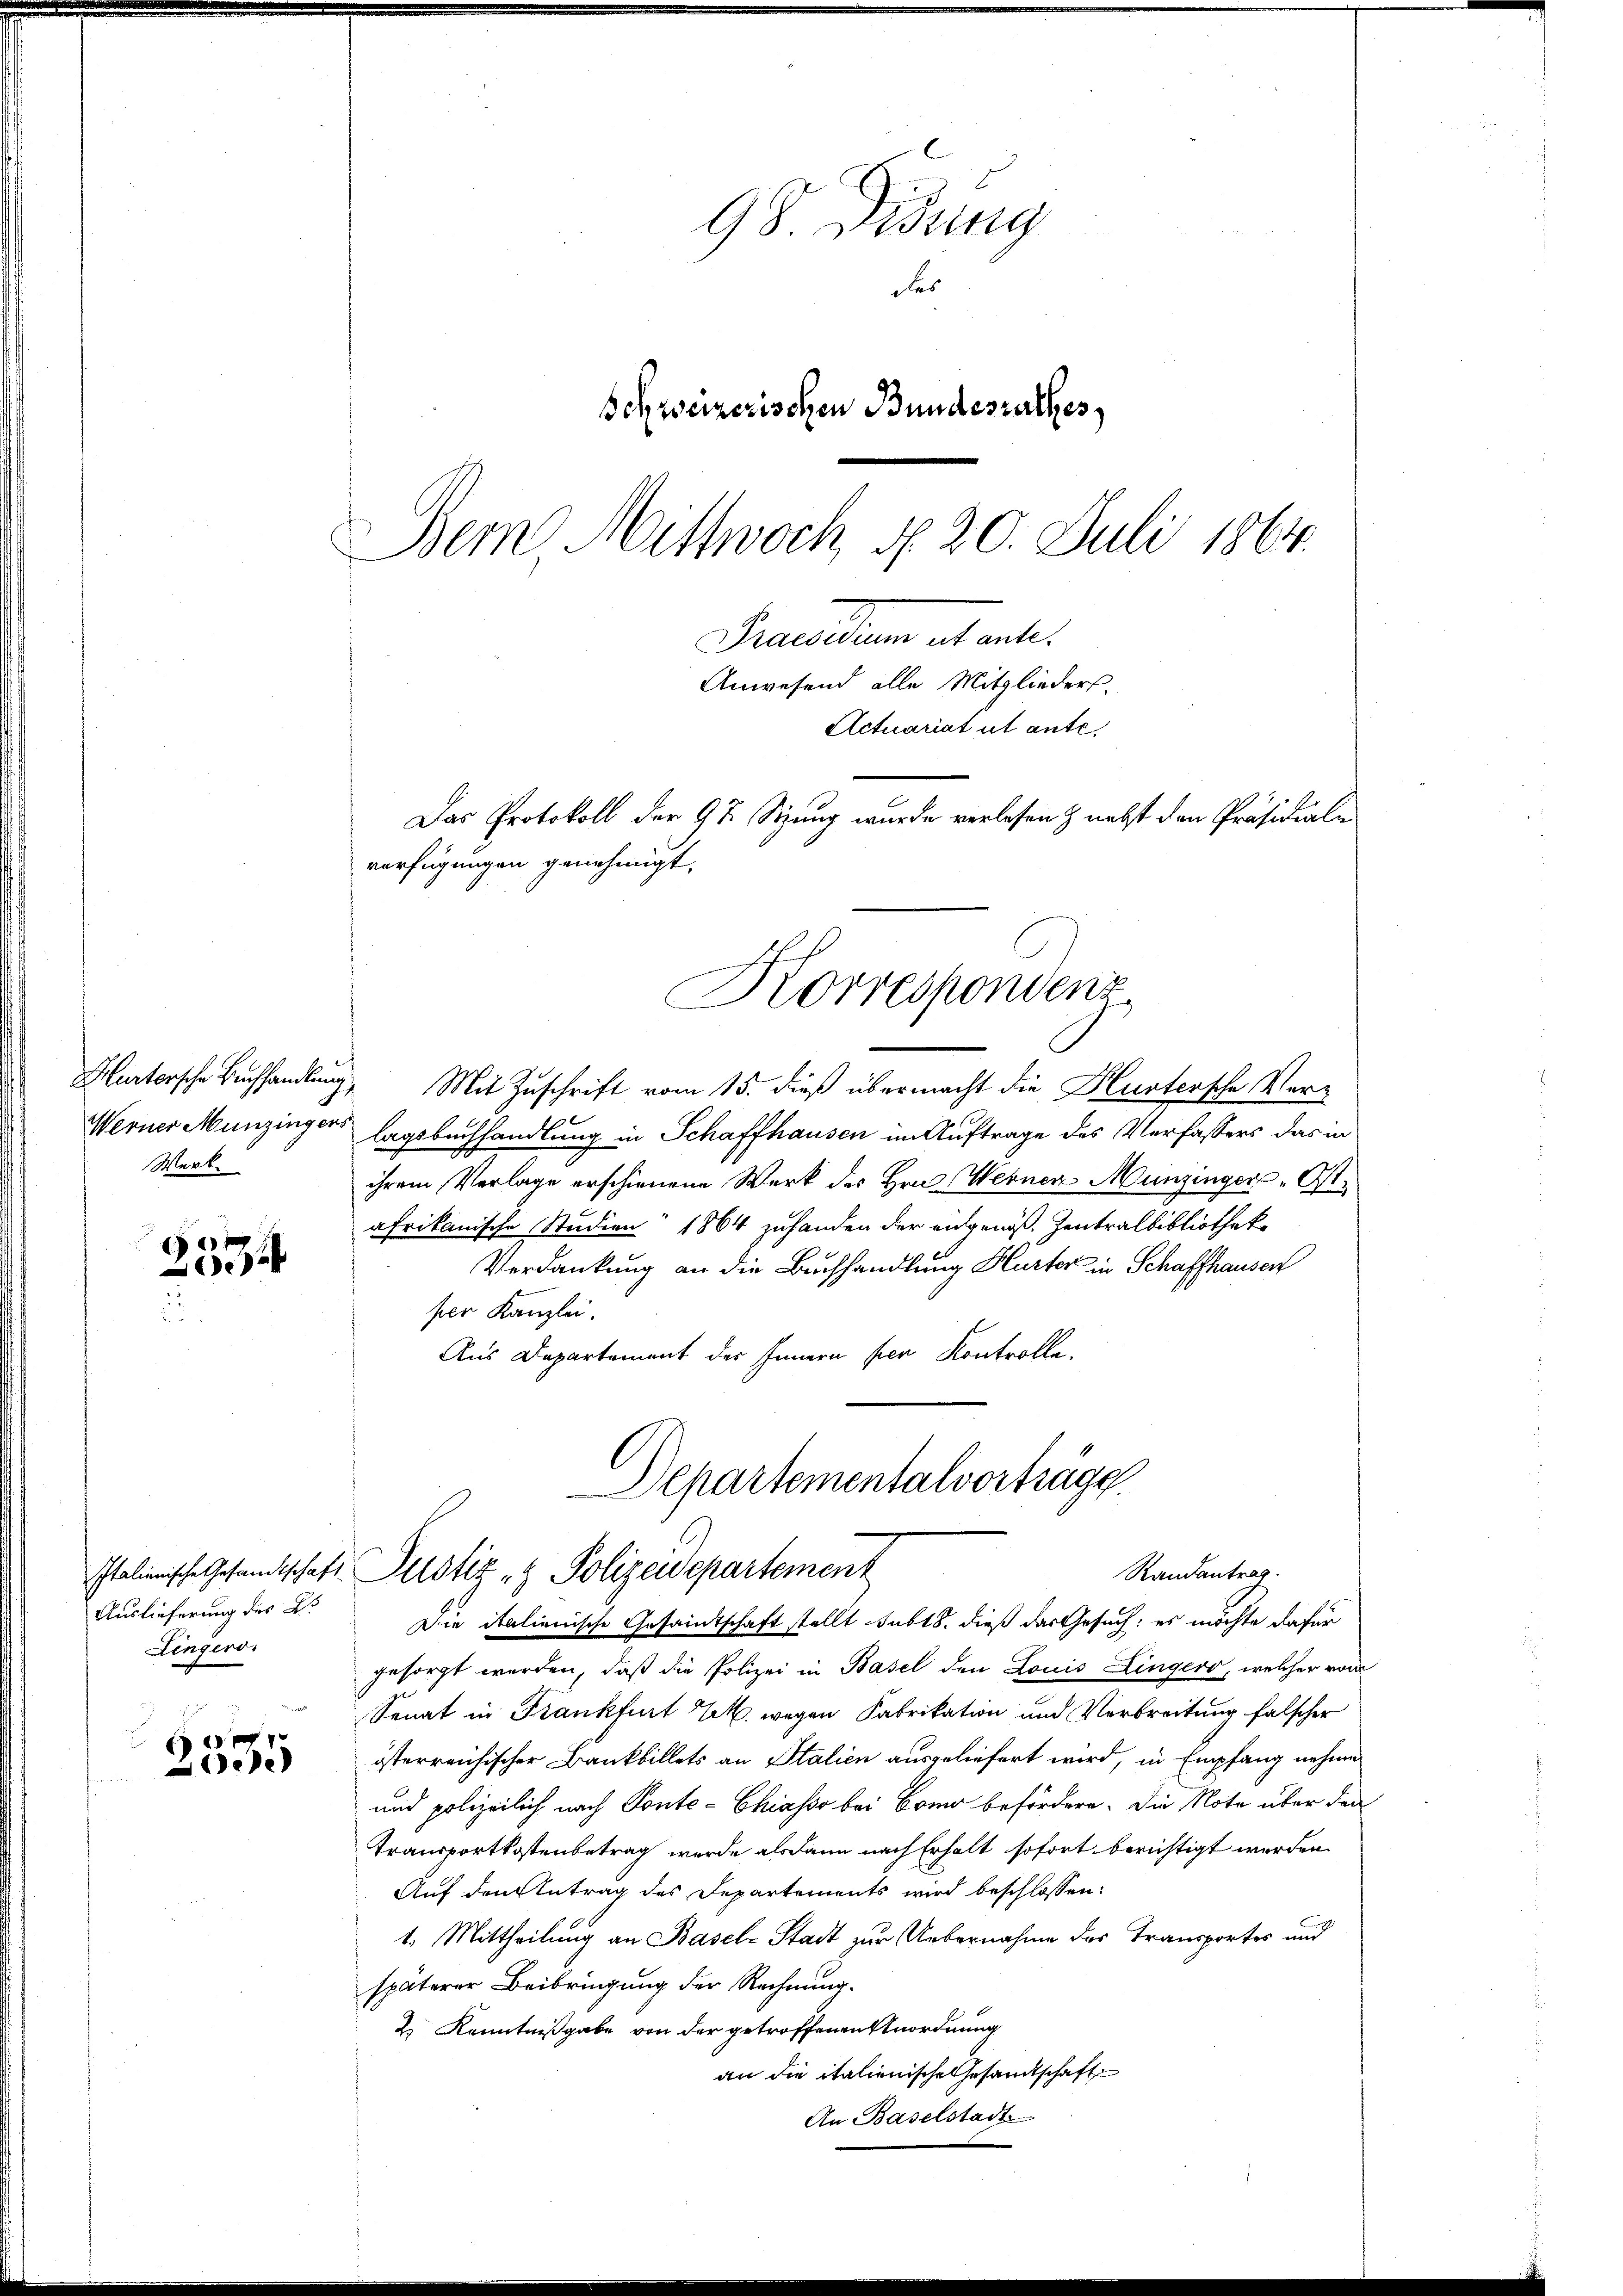
Hurtersche Buchhandlung
Werner Munzinger.
Werk

f 0 x
a

Lingers.

e
ede

98. Didung
das
Schweizerischen Bundesrathes
Bem. Mittwoch § 20. Juli 1864.
Freundium et ente
Anwesend alle Mitglieders.
Actuariat ut ante.

Mit Zuschrift vom 15. dieß übermacht die Hustersche Verlagsbuchhandlung in Schaffhausen im Auftrage des Verfassers das in
ihrem Verlage erschienene Werk des Hrn. Wernen Munzinger „Ostafrikanische Studien 1864 zuhanden der angenöß- Zentralbibliothek
Verdankung an die Buchhandlung Hurter in Schaffhausen
ser Kanzlei.
Aus Departement des Innern per Kontrolle.

gesorgt werden, daß die Polizei in Basel den Louis Linger, welcher vom
Senat in Frankfurt U. wegen Fabrikation und Verbreitung falscher
österreichischer Bankbillets an Stalien ausgeliefert wird, in Empfang nehme
und polizeilich nach Ponte-Chiasso bei Como befördern. Die Note über den
Transportkostenbetrag werde alsdann nach Erhalt sofort berichtigt werden
Auf den Antrag des Departements wird beschlossen:
t. Mittheilung an Basel-Stadt zur Uebernahme des Transportes und
späterer Beibringung der Rechnung.
1
2.) Kenntnißgabe von der getroffenen Anordnung
an die italienische Gesandtschaft
An Baselstadt

Das Protokoll der 9 t Sizung wurde verlesen & nebst den Präsidiale
verfügungen genehmigt,
Korrespondenz

Departementalverträge.
Randantrag
Italienische Gesandtschaft Zustiz & Polizeidepartement
Auslieferung des K. Die italienische Gesamtschaft stellt subt8. dieß das Gesuch: es möchte dafür